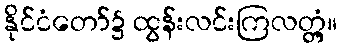
နိုင်ငံတော်၌ ထွန်းလင်းကြလတ္တံ့။